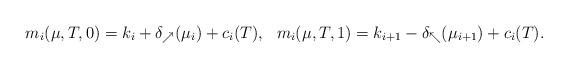
LaTeX: \begin{align*}m_i(\mu,T,0) = k_i+\delta_\nearrow(\mu_i)+c_i(T),&&m_i(\mu,T,1) = k_{i+1}-\delta_\nwarrow(\mu_{i+1})+c_i(T).\end{align*}